Vaccine operations Central Provinces 1900-1911 - 1900-1911
Year: 1900
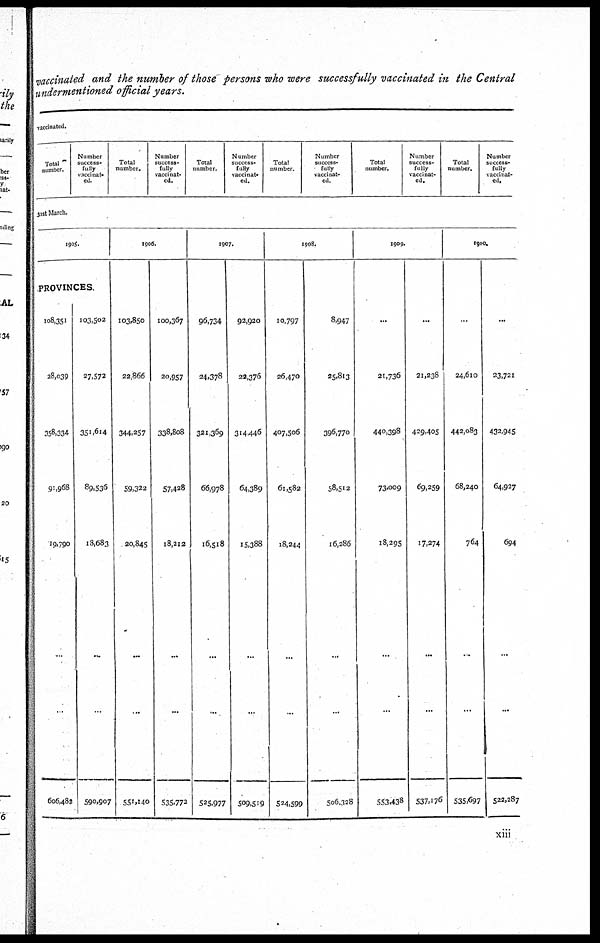
vaccinated and the number of those persons who were successfully vaccinated in the Central
undermentioned official years.
vaccinated.
Total
number.
Number
success¬
fully
vaccinat-
ed.
Total
number.
Number
success-
fully
vaccinat-
ed.
Total
number.
Number
success-
fully
vaccinat-
ed.
Total
number.
Number
success-
fully
vaccinat-
ed.
Total
number.
Number
success-
fully
vaccinat-
ed.
Total
number.
Number
success-
fully
vaccinat-
ed.
31st March.
1905.
PROVINCES.
108,351
28,039
358,334
91,968
19,790
...
...
606482
103,502
27,572
351,614
89,536
18,683
...
...
590,907
1906.
103,850
22,866
344,257
59,322
20,845
...
...
551,140
100,367
20,957
338,808
57,428
18,212
...
...
535,772
1907.
96,734
24,378
321,369
66,978
16,518
...
...
525,977
92,920
22,376
314,446
64,389
15,388
...
...
509,519
1908.
10,797
26,470
407,506
61,582
18,244
...
...
524,599
8,947
25,813
396,770
58,512
16,286
...
...
506,328
1909.
...
21,736
440,398
73,009
18,295
...
...
553,438
...
21,238
429,405
69,259
17,274
...
...
537,176
1910.
...
24,610
442,083
68,240
764
...
...
535,697
...
23,721
432,945
64,927
694
...
...
522,287
xiii